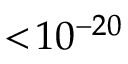
< \! 1 0 ^ { - 2 0 }